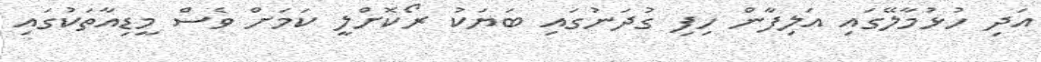
އަދި ހުޅުމާލޭގައި އަލިފާން ހިފި ގުދަނުގައި ބަޔަކު ރޯކޮށްލީ ކަމަށް ވެސް މީޑިއާތަކުގައި